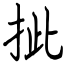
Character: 㧗